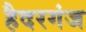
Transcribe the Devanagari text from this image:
हैदरगंज